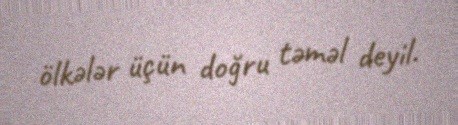
ölkələr üçün doğru təməl deyil.